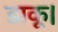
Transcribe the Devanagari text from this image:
डाकू।